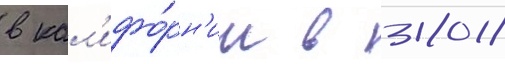
в кал'ифо́рн'ии в 2018